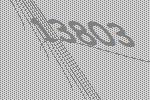
13803